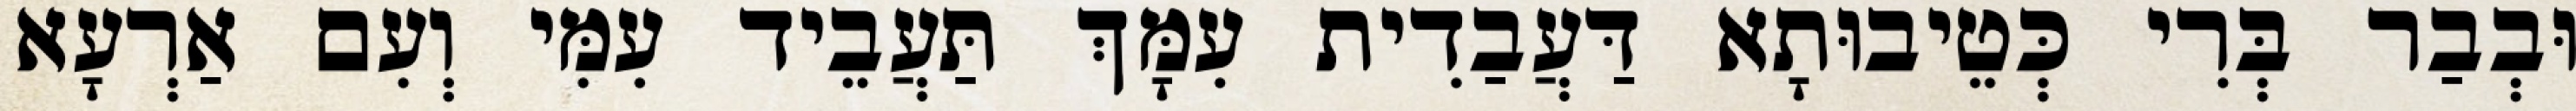
וּבְבַר בְּרִי כְּטֵיבוּתָא דַּעֲבַדִית עִמָּךְ תַּעֲבֵיד עִמִּי וְעִם אַרְעָא